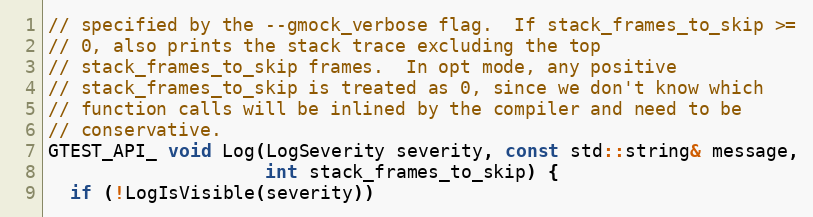
Language: C++
// specified by the --gmock_verbose flag.  If stack_frames_to_skip >=
// 0, also prints the stack trace excluding the top
// stack_frames_to_skip frames.  In opt mode, any positive
// stack_frames_to_skip is treated as 0, since we don't know which
// function calls will be inlined by the compiler and need to be
// conservative.
GTEST_API_ void Log(LogSeverity severity, const std::string& message,
                    int stack_frames_to_skip) {
  if (!LogIsVisible(severity))